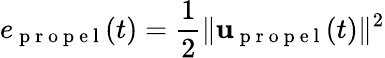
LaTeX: e_{\mathrm{~p~r~o~p~e~l~}}(t)=\frac{1}{2}\| \mathbf{u}_{\mathrm{~p~r~o~p~e~l~}}(t)\| ^{2}